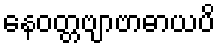
နေဝတ္တဗျာဗာဓာယပိ